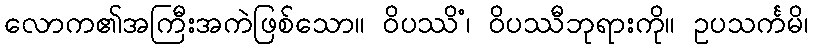
လောက၏အကြီးအကဲဖြစ်သော။ ဝိပဿိံ၊ ဝိပဿီဘုရားကို။ ဥပသင်္ကမိ၊